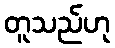
တူသည်ဟု